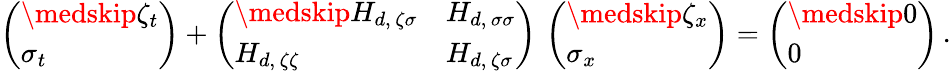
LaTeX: \left(\begin{array}{l}{\medskip\zeta_{t}}\\ {\sigma_{t}}\end{array}\right)+\left(\begin{array}{ll}{\medskip H_{d,\, \zeta\sigma}}&{H_{d,\, \sigma\sigma}}\\ {H_{d,\, \zeta\zeta}}&{H_{d,\, \zeta\sigma}}\end{array}\right)\, \left(\begin{array}{l}{\medskip\zeta_{x}}\\ {\sigma_{x}}\end{array}\right)=\left(\begin{array}{l}{\medskip 0}\\ {0}\end{array}\right)\, .